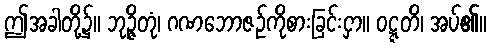
ဤအခါတို့၌။ ဘုဉ္ဇိတုံ၊ ဂဏဘောဇဉ်ကိုစားခြင်းငှာ။ ဝဋ္ဋတိ၊ အပ်၏။